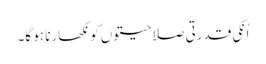
اُنکی قدرتی صلاحیتوں کو نکھارنا ہو گا۔